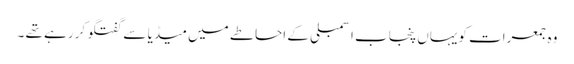
وہ جمعرات کویہاں پنجاب اسمبلی کے احاطے میں میڈیا سے گفتگو کر رہے تھے ۔